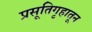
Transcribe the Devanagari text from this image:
प्रसूतिगृहातून